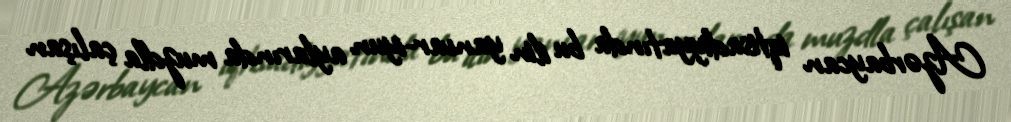
Azərbaycan iqtisadiyyatında bu ilin yanvar-iyun aylarında muzdla çalışan